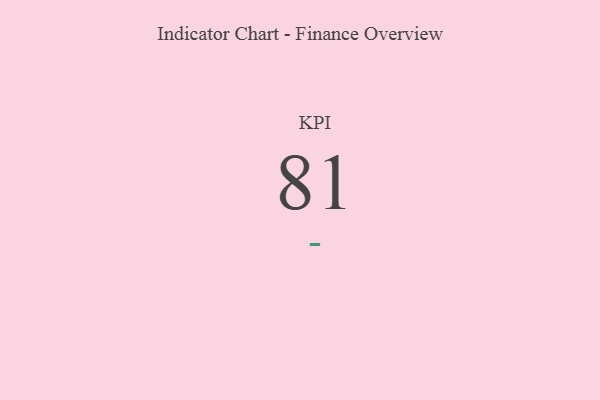
{"axis": {"x": "KPI", "y": "Value"}, "legend": [""], "data": [{"x": "KPI", "y": 81, "type": ""}]}